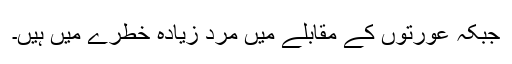
جبکہ عورتوں کے مقابلے میں مرد زیادہ خطرے میں ہیں۔